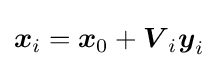
{\boldsymbol {x}}_{i}={\boldsymbol {x}}_{0}+{\boldsymbol {V}}_{i}{\boldsymbol {y}}_{i}